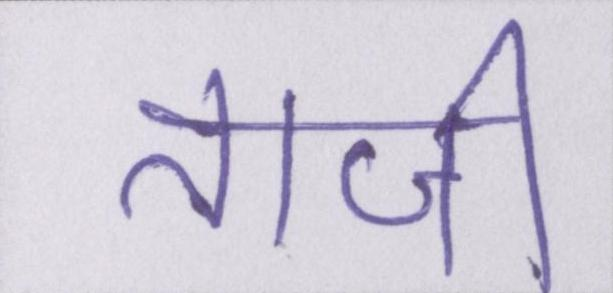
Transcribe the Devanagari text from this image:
ताजी